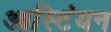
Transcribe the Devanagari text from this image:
आस्टिंयन